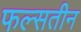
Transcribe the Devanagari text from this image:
फल्सतीन